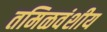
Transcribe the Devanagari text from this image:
तमिळवंशीय